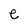
Character: e